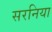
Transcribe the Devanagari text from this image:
सरनिया